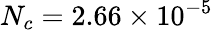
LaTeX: N_{c}=2.66\times 10^{-5}